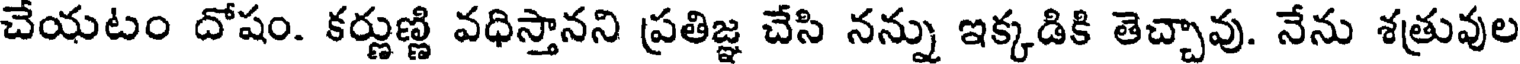
చేయటం దోషం. కర్ణుణ్ణి వధిస్తానని ప్రతిజ్ఞ చేసి నన్ను ఇక్కడికి తెచ్చావు. నేను శత్రువుల